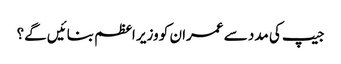
جیپ کی مدد سے عمران کو وزیر اعظم بنائیں گے؟